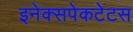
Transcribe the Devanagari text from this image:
इनेक्सपेकटेटस